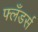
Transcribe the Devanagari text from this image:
फ्लँडर्स